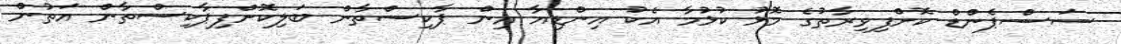
ސަސްޕެންޑް ކޮށްފިވިރާތުގެ މޮޅު ކުޅުމާ އެކު އިންޑިއާ އިން ޕާކިސްތާން ބަލިކޮށްފިޕާކިސްތާން އަތުން